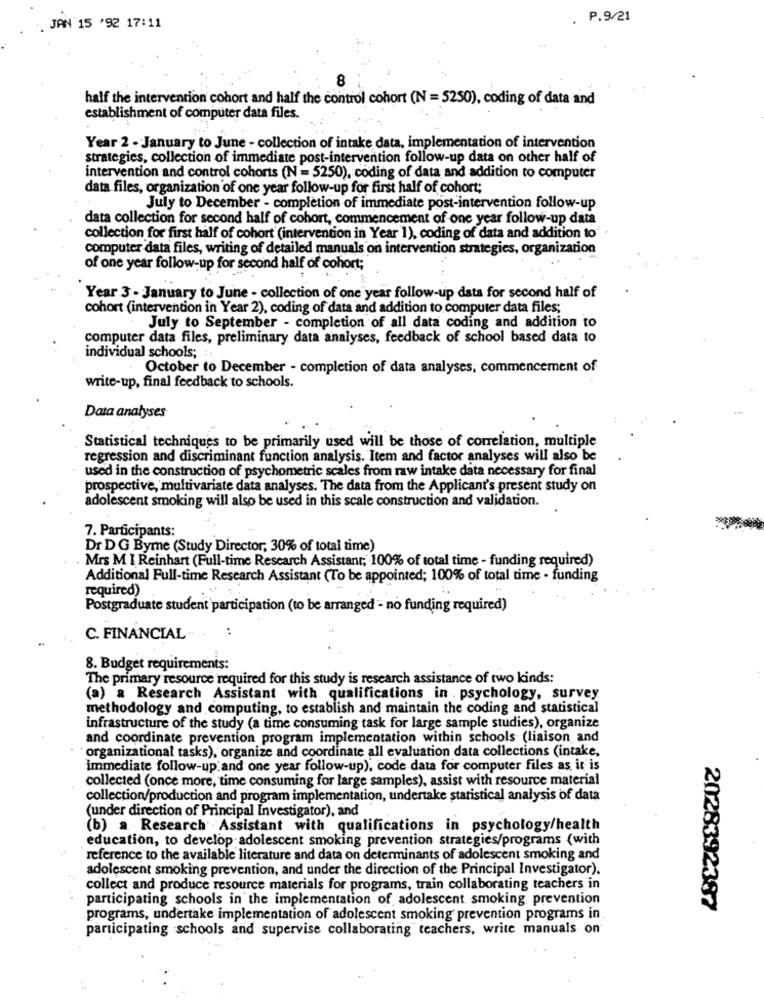
. P.9/21
JAN 15 '92 17:11
8
half the intervention cohort and half the control cohort (N = 5250), coding of data and
establishment of computer data files.
Year 2 - January to June - collection of intake data, implementation of intervention
strategies, collection of immediate post-intervention follow-up data on other half of
intervention and control cohorts (N = 5250), coding of data and addition to computer
data files, organization of one year follow-up for first half of cohort;
July to December - completion of immediate post-intervention follow-up
data collection for second half of cohort, commencement of one year follow-up data
collection for first half of cohort (intervention in Year 1), coding of data and addition to
computer data files, writing of detailed manuals on intervention strategies, organization
of one year follow-up for second half of cohort;
Year 3 - January to June - collection of one year follow-up data for second half of
cohort (intervention in Year 2), coding of data and addition to computer data files;
July to September - completion of all data coding and addition to
computer data files, preliminary data analyses, feedback of school based data to
individual schools;
October to December - completion of data analyses, commencement of
write-up, final feedback to schools.
Data analyses
Statistical techniques to be primarily used will be those of correlation, multiple
regression and discriminant function analysis. Item and factor analyses will also be
" used in the construction of psychometric scales from raw intake data necessary for final
prospective, multivariate data analyses. The data from the Applicant's present study on
adolescent smoking will also be used in this scale construction and validation.
7. Participants:
Dr D G Bymne (Study Director, 30% of total time)
. Mrs M I Reinhart (Full-time Research Assistant; 100% of total time - funding required)
Additional Full-time Research Assistant (To be appointed; 100% of total time - funding
required)
Postgraduate student participation (to be arranged - no funding required)
C. FINANCIAL
8. Budget requirements:
The primary resource required for this study is research assistance of two kinds:
(a) a Research Assistant with qualifications in . psychology, survey
methodology and computing, to establish and maintain the coding and statistical
infrastructure of the study (a time consuming task for large sample studies), organize
and coordinate prevention program implementation within schools (liaison and
organizational tasks), organize and coordinate all evaluation data collections (intake,
immediate follow-up and one year follow-up), code data for computer files as it is
collected (once more, time consuming for large samples), assist with resource material
collection/production and program implementation, undertake statistical analysis of data
(under direction of Principal Investigator), and
(b) a Research Assistant with qualifications in psychology/health
education, to develop adolescent smoking prevention strategies/programs (with
reference to the available literature and data on determinants of adolescent smoking and
adolescent smoking prevention, and under the direction of the Principal Investigator).
collect and produce resource materials for programs, train collaborating teachers in
participating schools in the implementation of adolescent smoking prevention
2028392387
programs, undertake implementation of adolescent smoking prevention programs in.
participating schools and supervise collaborating" teachers, write manuals on